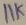
Text: 11K